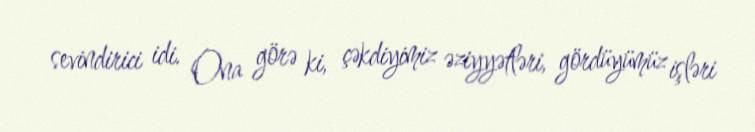
sevindirici idi. Ona görə ki, çəkdiyimiz əziyyətləri, gördüyümüz işləri